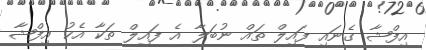
އިފްޝާ ގެނައި ފައިލް ތައް ނުބަލާ އެ ފައިލް ތަކާ އެކު އިފްޝާ